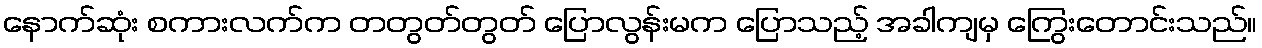
နောက်ဆုံး စကားလက်က တတွတ်တွတ် ပြောလွန်းမက ပြောသည့် အခါကျမှ ကြွေးတောင်းသည်။